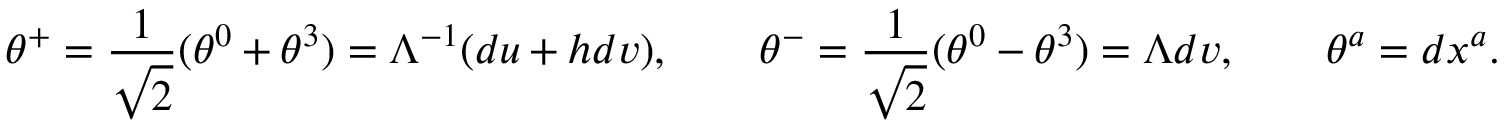
\theta ^ { + } = \frac 1 { \sqrt 2 } ( \theta ^ { 0 } + \theta ^ { 3 } ) = \Lambda ^ { - 1 } ( d u + h d v ) , \qquad \theta ^ { - } = \frac 1 { \sqrt 2 } ( \theta ^ { 0 } - \theta ^ { 3 } ) = \Lambda d v , \qquad \theta ^ { a } = d x ^ { a } .